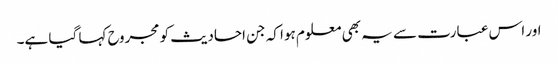
اور اس عبارت سے یہ بھی معلوم ہوا کہ جن احادیث کو مجروح کہا گیا ہے۔